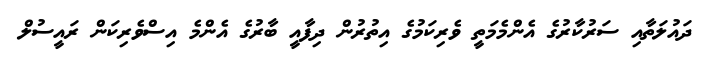
ދައުލަތާއި ސަރުކާރުގެ އެންމެމަތީ ވެރިކަމުގެ އިތުރުން ދިފާއީ ބާރުގެ އެންމެ އިސްވެރިކަން ރައީސުލް